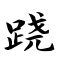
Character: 跷